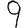
Digit: 9